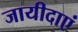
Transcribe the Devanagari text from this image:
जायीदाएं